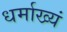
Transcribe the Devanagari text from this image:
धर्माख्यं